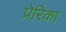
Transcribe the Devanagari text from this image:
प्रेरिका